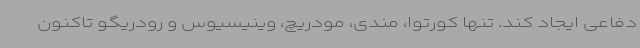
دفاعی ایجاد کند. تنها کورتوا، مندی، مودریچ، وینیسیوس و رودریگو تاکنون